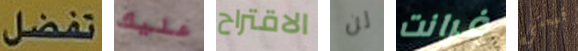
تفضل عليك الاقتراح لن غرانت قبعتي